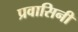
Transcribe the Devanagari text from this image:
प्रवासिनी